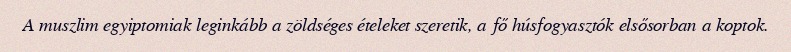
A muszlim egyiptomiak leginkább a zöldséges ételeket szeretik, a fő húsfogyasztók elsősorban a koptok.